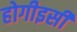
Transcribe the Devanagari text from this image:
होगीइसी